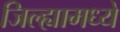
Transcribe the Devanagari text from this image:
जिल्‍ह्यामध्‍ये